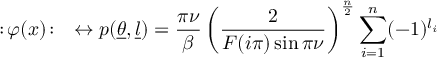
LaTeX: \, : \! \varphi ( x ) \! : \quad \leftrightarrow p ( \underline { { { \theta } } } , \underline { { { l } } } ) = \frac { \pi \nu } { \beta } \left( \frac { 2 } { F ( i \pi ) \sin \pi \nu } \right) ^ { \frac { n } { 2 } } \sum _ { i = 1 } ^ { n } ( - 1 ) ^ { l _ { i } }